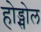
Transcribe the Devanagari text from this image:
होड्सोल